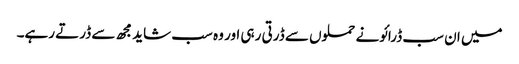
میں ان سب ڈرائونے حملوں سے ڈرتی رہی اور وہ سب شاید مجھ سے ڈرتے رہے۔